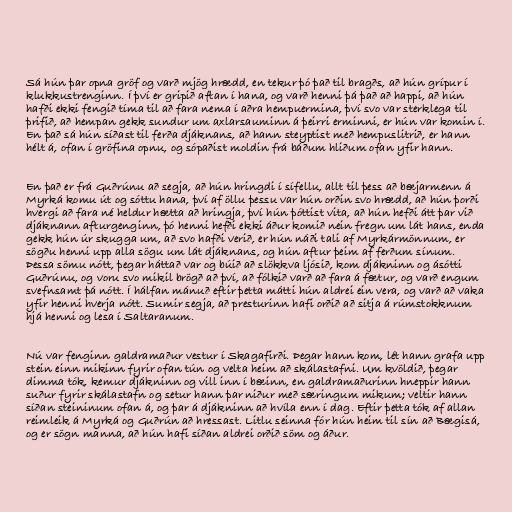
Sá hún þar opna gröf og varð mjög hrædd, en tekur þó það til bragðs, að hún grípur í
klukkustrenginn. Í því er gripið aftan í hana, og varð henni þá það að happi, að hún
hafði ekki fengið tíma til að fara nema í aðra hempuermina, því svo var sterklega til
þrifið, að hempan gekk sundur um axlarsauminn á þeirri erminni, er hún var komin í.
En það sá hún síðast til ferða djáknans, að hann steyptist með hempuslitrið, er hann
hélt á, ofan í gröfina opnu, og sópaðist moldin frá báðum hliðum ofan yfir hann.

En það er frá Guðrúnu að segja, að hún hringdi í sífellu, allt til þess að bæjarmenn á
Myrká komu út og sóttu hana, því af öllu þessu var hún orðin svo hrædd, að hún þorði
hvergi að fara né heldur hætta að hringja, því hún þóttist vita, að hún hefði átt þar við
djáknann afturgenginn, þó henni hefði ekki áður komið nein fregn um lát hans, enda
gekk hún úr skugga um, að svo hafði verið, er hún náði tali af Myrkármönnum, er
sögðu henni upp alla sögu um lát djáknans, og hún aftur þeim af ferðum sínum.
Þessa sömu nótt, þegar háttað var og búið að slökkva ljósið, kom djákninn og ásótti
Guðrúnu, og voru svo mikil brögð að því, að fólkið varð að fara á fætur, og varð engum
svefnsamt þá nótt. Í hálfan mánuð eftir þetta mátti hún aldrei ein vera, og varð að vaka
yfir henni hverja nótt. Sumir segja, að presturinn hafi orðið að sitja á rúmstokknum
hjá henni og lesa í Saltaranum.

Nú var fenginn galdramaður vestur í Skagafirði. Þegar hann kom, lét hann grafa upp
stein einn mikinn fyrir ofan tún og velta heim að skálastafni. Um kvöldið, þegar
dimma tók, kemur djákninn og vill inn í bæinn, en galdramaðurinn hneppir hann
suður fyrir skálastafn og setur hann þar niður með særingum mikum; veltir hann
síðan steininum ofan á, og þar á djákninn að hvíla enn í dag. Eftir þetta tók af allan
reimleik á Myrká og Guðrún að hressast. Litlu seinna fór hún heim til sín að Bægisá,
og er sögn manna, að hún hafi síðan aldrei orðið söm og áður.